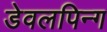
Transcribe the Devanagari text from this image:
डेवलपिन्ग